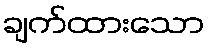
ချက်ထားသော